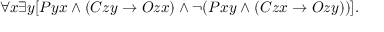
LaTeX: \forall x \exists y [ P y x \land ( C z y \rightarrow O z x ) \land \lnot ( P x y \land ( C z x \rightarrow O z y ) ) ] .